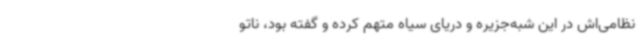
نظامی‌اش در این شبه‌جزیره و دریای سیاه متهم کرده و گفته بود، ناتو